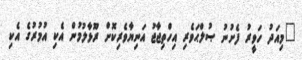
"މިއަދު ހަވީރު ފެށުނު ޞުލްޙަވެރި އިހްތިޖާޖު އަނިޔާވެރިކޮށް ރޫޅާލުމުން އެކި އުމުރުގެ އެކި